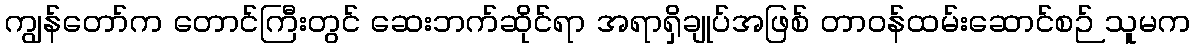
ကျွန်တော်က တောင်ကြီးတွင် ဆေးဘက်ဆိုင်ရာ အရာရှိချုပ်အဖြစ် တာဝန်ထမ်းဆောင်စဉ် သူမက